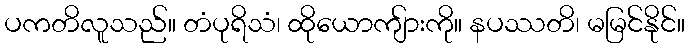
ပကတိလူသည်။ တံပုရိသံ၊ ထိုယောကျ်ားကို။ နပဿတိ၊ မမြင်နိုင်။